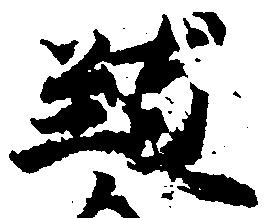
致